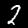
Digit: 2